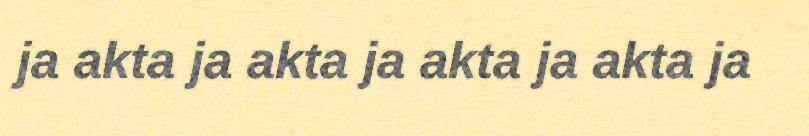
ja akta ja akta ja akta ja akta ja